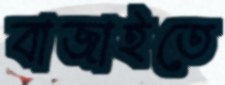
বাজাইতে